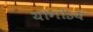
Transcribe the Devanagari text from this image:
योगोऽयं